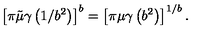
\left\lbrack \pi \tilde { \mu } \gamma \left( 1 / b ^ { 2 } \right) \right\rbrack ^ { b } = \left\lbrack \pi \mu \gamma \left( b ^ { 2 } \right) \right\rbrack ^ { 1 / b } .